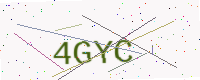
Text: 4GYC